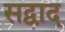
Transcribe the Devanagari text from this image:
सद्वाद